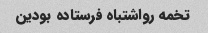
تخمه رواشتباه فرستاده بودین